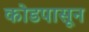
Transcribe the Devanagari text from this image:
कोडपासून